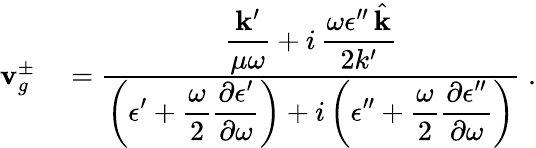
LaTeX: \begin{array}{rl}{{\mathbf v}_{g}^{\pm}}&{{}=\frac{\displaystyle\frac{{\mathbf k}^{\prime}}{\mu\omega}+i\, \frac{\omega\epsilon^{\prime\prime}\, \hat{{\mathbf k}}}{2k^{\prime}}}{\displaystyle\left(\epsilon^{\prime}+\frac{\omega}{2}\frac{\partial\epsilon^{\prime}}{\partial\omega}\right)+i\left(\epsilon^{\prime\prime}+\frac{\omega}{2}\frac{\partial\epsilon^{\prime\prime}}{\partial\omega}\right)}\; .}\end{array}